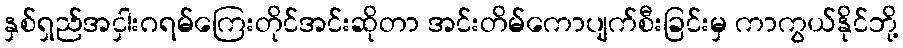
နှစ်ရှည်အငှါးဂရမ်ကြေးတိုင်အင်းဆိုတာ အင်းတိမ်ကောပျက်စီးခြင်းမှ ကာကွယ်နိုင်ဘို့